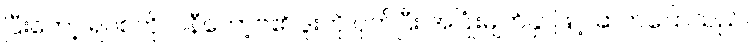
ပြီးတော့ ရပ်စ်ကိုလ်နီကော့ဗ်၏ ဒူးကို ပုတ်ပြီး အပြုံးမျက်နှာဖြင့် ဆက်ပြောသည်။